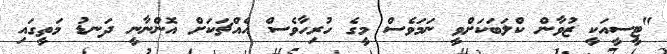
"ޓީސީއަކީ ޒުވާން ކްލަބަކަށްވީ ނަމަވެސް މީގެ ހުރިހާވެސް އެއްޗަކަށް އޮންނާނީ ދަނޑު މަތީގައި